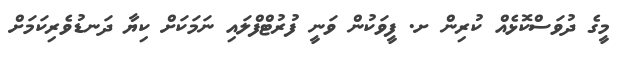
މީގެ ދުވަސްކޮޅެއް ކުރިން ށ. ފީވަކުން ވަނީ ފުރުޓްފްލައި ނަމަކަށް ކިޔާ ދަނޑުވެރިކަމަށް